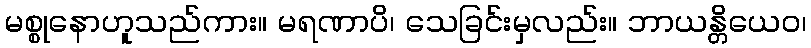
မစ္စုနောဟူသည်ကား။ မရဏာပိ၊ သေခြင်းမှလည်း။ ဘာယန္တိယေဝ၊